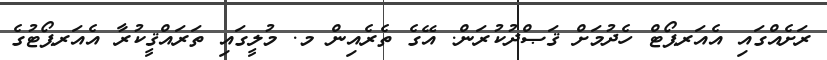
ރަށެއްގައި އެއަރޕޯޓް ހެދުމަށް ޤަޞްދުކުރަން. އޭގެ ތެރެއިން މ. މުލީގައި ތަރައްޤީކުރާ އެއަރޕޯޓުގެ